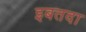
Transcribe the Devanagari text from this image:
इबतदा